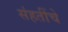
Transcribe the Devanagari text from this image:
संहतींचे